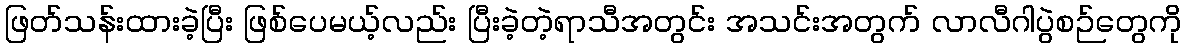
ဖြတ်သန်းထားခဲ့ပြီး ဖြစ်ပေမယ့်လည်း ပြီးခဲ့တဲ့ရာသီအတွင်း အသင်းအတွက် လာလီဂါပွဲစဉ်တွေကို